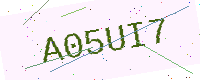
Text: A05UI7